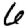
Digit: 6